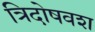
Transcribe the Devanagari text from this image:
त्रिदोषवश